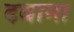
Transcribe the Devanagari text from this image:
दवामा